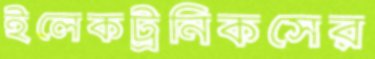
ইলেকট্রনিকসের